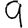
Digit: 9